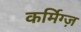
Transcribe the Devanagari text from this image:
कर्मिग्ज़